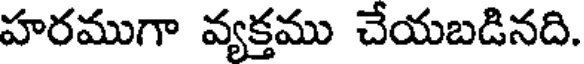
హరముగా వ్యక్తము చేయబడినది.